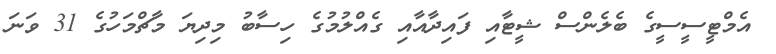
އެމްޓީސީސީގެ ބެލެންސް ޝީޓާއި ފައިދާއާއި ގެއްލުމުގެ ހިސާބު މިދިޔަ މާޗްމަހުގެ 31 ވަނަ